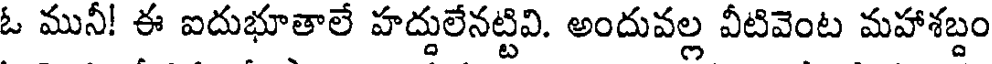
ఓ మునీ! ఈ ఐదుభూతాలే హద్దులేనట్టివి. అందువల్ల వీటివెంట మహాశబ్దం